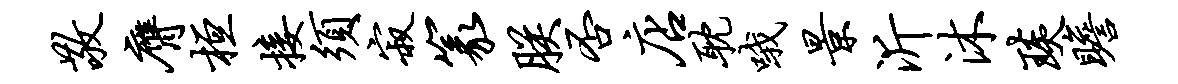
敬膺桓接须寂篆朕否店耽哦景沂沐琰瞻